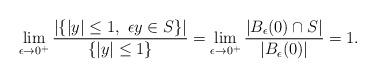
LaTeX: \begin{align*} \lim_{\epsilon\to 0^+}\frac{|\{|y|\le 1, \ \epsilon y\in S\}|}{\{|y|\le 1\}}=\lim_{\epsilon\to 0^+}\frac{|B_{\epsilon}(0)\cap S|}{|B_{\epsilon}(0)|}=1. \end{align*}